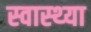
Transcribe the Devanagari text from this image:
स्‍वास्‍थ्‍या